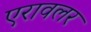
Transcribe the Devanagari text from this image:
एरावलर